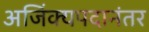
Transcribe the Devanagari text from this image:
अजिंक्यपदानंतर